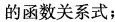
的函数关系式；